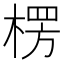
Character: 楞